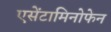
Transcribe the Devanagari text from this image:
एसेंटामिनोफेन